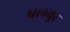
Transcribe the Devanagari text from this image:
पलयुर